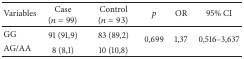
<table><thead><tr><td><b>Variables</b></td><td><b>Case (<i>n</i> = 99)</b></td><td><b>Control (<i>n</i> = 93)</b></td><td><b><i>p</i></b></td><td><b>OR</b></td><td><b>95% CI</b></td></tr></thead><tbody><tr><td>GG</td><td>91 (91,9)</td><td>83 (89,2)</td><td rowspan="2">0,699</td><td rowspan="2">1,37</td><td rowspan="2">0,516–3,637</td></tr><tr><td>AG/AA</td><td>8 (8,1)</td><td>10 (10,8)</td></tr></tbody></table>